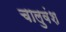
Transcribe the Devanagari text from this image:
चालुवंश